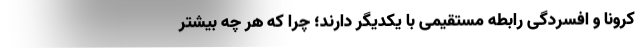
کرونا و افسردگی رابطه مستقیمی با یکدیگر دارند؛ چرا که هر چه بیشتر